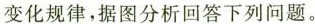
变化规律，据图分析回答下列问题。